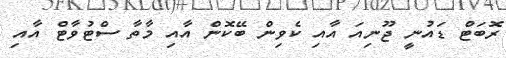
ރޮބަޓް ޑައުނީ ޖޫނިއަ އާއި ކެވިން ބޭކޮން އާއި މާތާ ސްޓުވާޓް އާއި